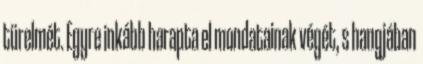
türelmét. Egyre inkább harapta el mondatainak végét, s hangjában